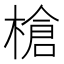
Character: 槍